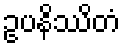
ဥပနိဿိတံ